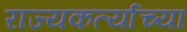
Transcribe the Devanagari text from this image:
राज्यकर्त्याच्या